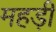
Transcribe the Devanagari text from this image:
महड़ी